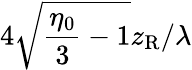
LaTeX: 4\sqrt{\frac{\eta_{0}}{3}-1}z_{\mathrm{R}}/\lambda